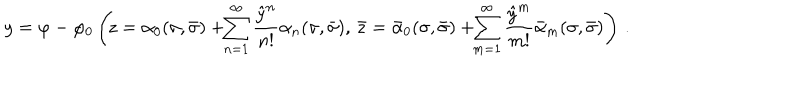
LaTeX: y = \varphi - \varphi _ { 0 } \left( \! z = \alpha _ { 0 } ( \sigma , \bar { \sigma } ) + \! \! \sum _ { n = 1 } ^ { \infty } \frac { { \hat { y } } ^ { n } } { n ! } \alpha _ { n } ( \sigma , \bar { \sigma } ) , \, \bar { z } = \bar { \alpha } _ { 0 } ( \sigma , \bar { \sigma } ) + \! \! \sum _ { m = 1 } ^ { \infty } \frac { { \hat { y } } ^ { m } } { m ! } \bar { \alpha } _ { m } ( \sigma , \bar { \sigma } ) \right) \, .